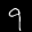
Label: 9